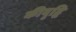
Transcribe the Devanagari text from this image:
कीवृद्धि